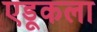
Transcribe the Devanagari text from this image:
एडूकला